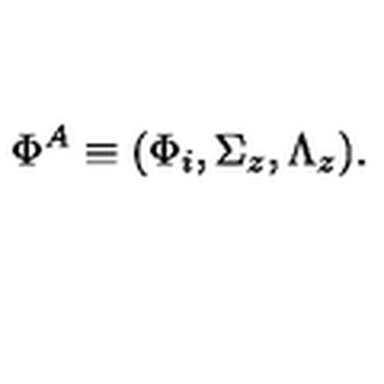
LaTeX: \Phi ^ { A } \equiv ( \Phi _ { i } , \Sigma _ { z } , \Lambda _ { z } ) .